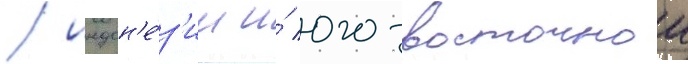
/ индон'е́з'ии и́ юго-восточнои